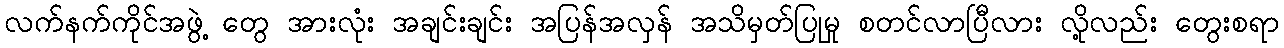
လက်နက်ကိုင်အဖွဲ့ တွေ အားလုံး အချင်းချင်း အပြန်အလှန် အသိမှတ်ပြုမှု စတင်လာပြီလား လို့လည်း တွေးစရာ